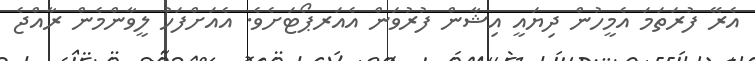
އެރޭ ފުރަތަމަ އެމީހުން ދިޔައީ އިޝާން ފުރުވަން އެއަރޕޯޓަށެވެ. އެއަށްފަހު ލީވާންމެން ރާއްޖެ